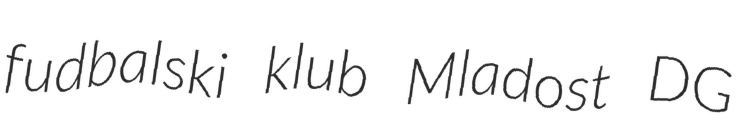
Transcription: fudbalski klub Mladost DG